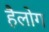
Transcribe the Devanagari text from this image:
हैलोग